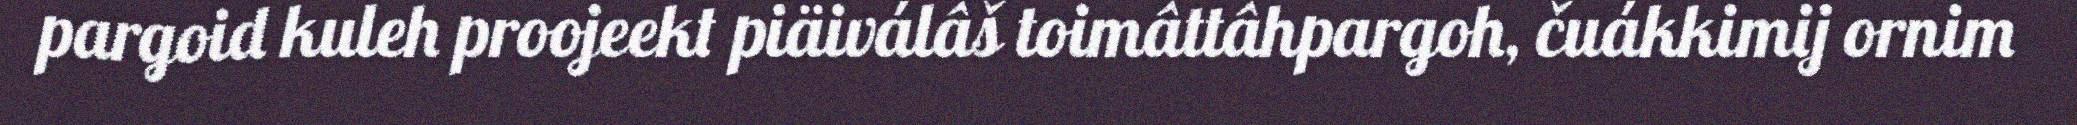
pargoid kuleh proojeekt piäiválâš toimâttâhpargoh, čuákkimij ornim